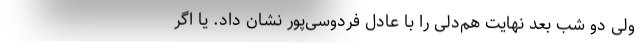
ولی دو شب بعد نهایتِ هم‌دلی را با عادل فردوسی‌پور نشان داد. یا اگر